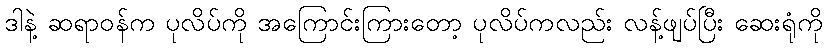
ဒါနဲ့ ဆရာဝန်က ပုလိပ်ကို အကြောင်းကြားတော့ ပုလိပ်ကလည်း လန့်ဖျပ်ပြီး ဆေးရုံကို